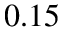
0 . 1 5